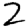
Digit: 2